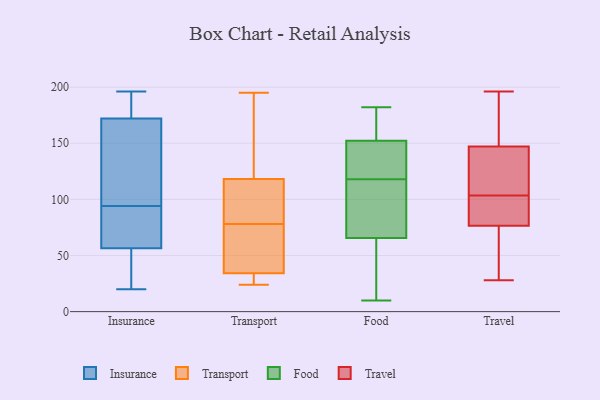
{"axis": {"x": "Headcount", "y": "Value"}, "legend": ["Food", "Insurance", "Transport", "Travel"], "data": [{"x": "", "y": 187, "type": "Insurance"}, {"x": "", "y": 176, "type": "Insurance"}, {"x": "", "y": 196, "type": "Insurance"}, {"x": "", "y": 121, "type": "Insurance"}, {"x": "", "y": 41, "type": "Insurance"}, {"x": "", "y": 58, "type": "Insurance"}, {"x": "", "y": 168, "type": "Insurance"}, {"x": "", "y": 84, "type": "Insurance"}, {"x": "", "y": 55, "type": "Insurance"}, {"x": "", "y": 62, "type": "Insurance"}, {"x": "", "y": 20, "type": "Insurance"}, {"x": "", "y": 104, "type": "Insurance"}, {"x": "", "y": 140, "type": "Transport"}, {"x": "", "y": 24, "type": "Transport"}, {"x": "", "y": 168, "type": "Transport"}, {"x": "", "y": 29, "type": "Transport"}, {"x": "", "y": 78, "type": "Transport"}, {"x": "", "y": 83, "type": "Transport"}, {"x": "", "y": 44, "type": "Transport"}, {"x": "", "y": 27, "type": "Transport"}, {"x": "", "y": 143, "type": "Transport"}, {"x": "", "y": 195, "type": "Transport"}, {"x": "", "y": 85, "type": "Transport"}, {"x": "", "y": 41, "type": "Transport"}, {"x": "", "y": 37, "type": "Transport"}, {"x": "", "y": 27, "type": "Transport"}, {"x": "", "y": 111, "type": "Transport"}, {"x": "", "y": 98, "type": "Transport"}, {"x": "", "y": 36, "type": "Transport"}, {"x": "", "y": 92, "type": "Food"}, {"x": "", "y": 70, "type": "Food"}, {"x": "", "y": 163, "type": "Food"}, {"x": "", "y": 140, "type": "Food"}, {"x": "", "y": 100, "type": "Food"}, {"x": "", "y": 131, "type": "Food"}, {"x": "", "y": 165, "type": "Food"}, {"x": "", "y": 167, "type": "Food"}, {"x": "", "y": 139, "type": "Food"}, {"x": "", "y": 10, "type": "Food"}, {"x": "", "y": 154, "type": "Food"}, {"x": "", "y": 64, "type": "Food"}, {"x": "", "y": 118, "type": "Food"}, {"x": "", "y": 37, "type": "Food"}, {"x": "", "y": 116, "type": "Food"}, {"x": "", "y": 46, "type": "Food"}, {"x": "", "y": 147, "type": "Food"}, {"x": "", "y": 33, "type": "Food"}, {"x": "", "y": 182, "type": "Food"}, {"x": "", "y": 85, "type": "Travel"}, {"x": "", "y": 47, "type": "Travel"}, {"x": "", "y": 43, "type": "Travel"}, {"x": "", "y": 142, "type": "Travel"}, {"x": "", "y": 127, "type": "Travel"}, {"x": "", "y": 92, "type": "Travel"}, {"x": "", "y": 148, "type": "Travel"}, {"x": "", "y": 114, "type": "Travel"}, {"x": "", "y": 87, "type": "Travel"}, {"x": "", "y": 93, "type": "Travel"}, {"x": "", "y": 28, "type": "Travel"}, {"x": "", "y": 168, "type": "Travel"}, {"x": "", "y": 196, "type": "Travel"}, {"x": "", "y": 190, "type": "Travel"}, {"x": "", "y": 146, "type": "Travel"}, {"x": "", "y": 68, "type": "Travel"}]}